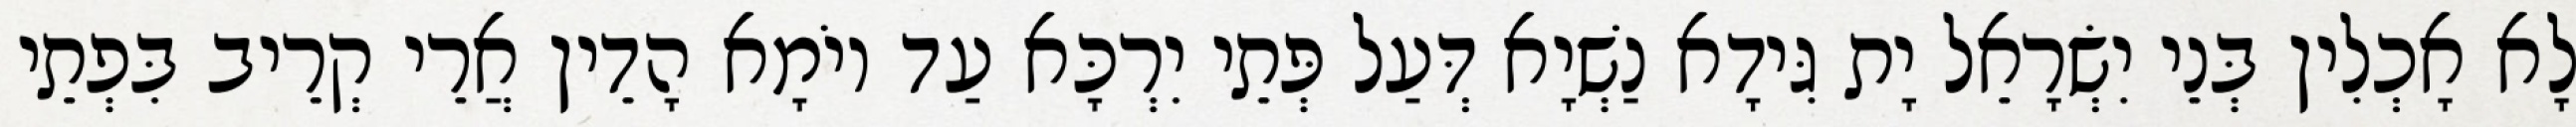
לָא אָכְלִין בְּנֵי יִשְׂרָאֵל יָת גִּידָא נַשְׁיָא דְּעַל פְּתֵי יִרְכָּא עַד יוֹמָא הָדֵין אֲרֵי קְרֵיב בִּפְתֵי